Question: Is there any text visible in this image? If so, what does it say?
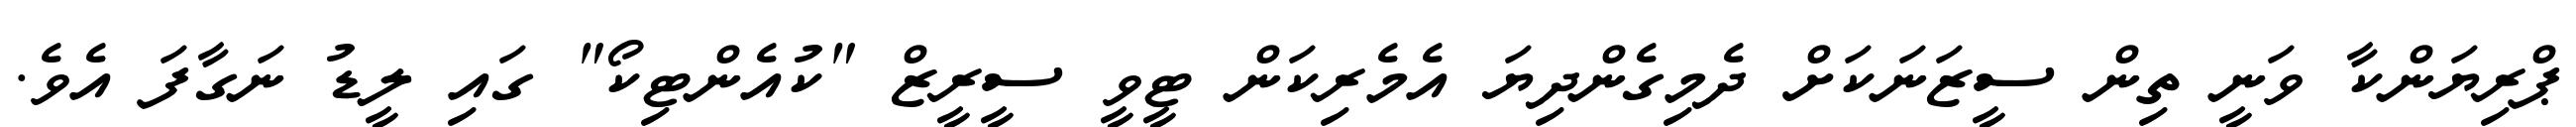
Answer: ޕްރިޔަންކާ ވަނީ ތިން ސީޒަނަކަށް ދެމިގެންދިޔަ އެމެރިކަން ޓީވީ ސީރީޒް "ކުއެންޓިކޯ" ގައި ލީޑު ނަގާފަ އެވެ.